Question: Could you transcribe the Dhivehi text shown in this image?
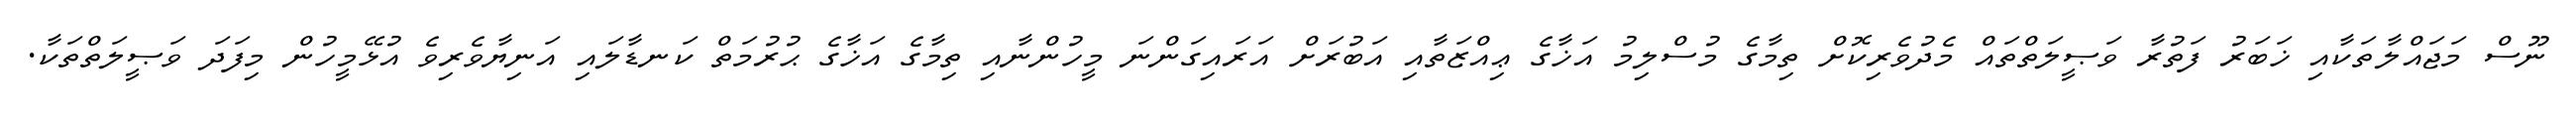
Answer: ނޫސް މަޖައްލާތަކާއި ޚަބަރު ފަތުރާ ވަޞީލަތްތައް މެދުވެރިކޮށް ތިމާގެ މުސްލިމު އަޚާގެ ޢިއްޒަތާއި އަބުރަށް އަރައިގަންނަ މީހުންނާއި ތިމާގެ އަޚާގެ ޙުރުމަތް ކަނޑާލައި އަނިޔާވެރިވެ އުޅޭމީހުން މިފަދަ ވަޞީލަތްތަކާ.